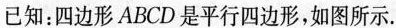
已知：四边形ABCD是平行四边形，如图所示.